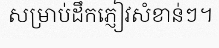
សម្រាប់ដឹកភ្ញៀវសំខាន់ៗ។